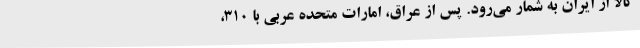
کالا از ایران به شمار می‌رود. پس از عراق، امارات متحده عربی با 310،